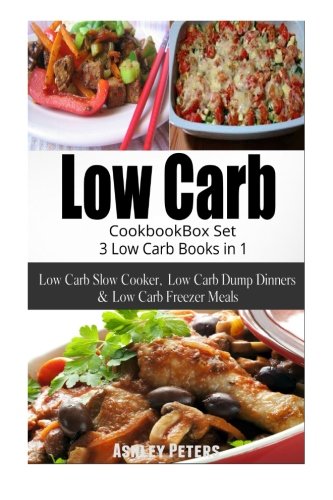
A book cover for Low Carb Diet Cookbook Box Set:  3 Low Carb Books in 1, Low Carb Slow Cooker, Low Carb Dump Dinners & Low Carb Freezer Meals; Ashley Peters; Cookbooks, Food & Wine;